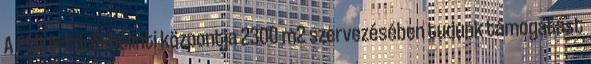
A PMKIK törökbálinti központja 2300 m2 szervezésében tudunk támogatást